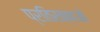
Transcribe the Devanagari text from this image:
प्रतिरक्षाओं